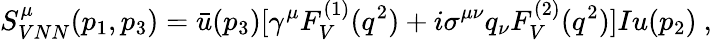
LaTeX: S_{VNN}^{\mu}(p_{1},p_{3})=\bar{u}(p_{3})[\gamma^{\mu}F_{V}^{(1)}(q^{2})+i\sigma^{\mu\nu}q_{\nu}F_{V}^{(2)}(q^{2})]Iu(p_{2})~,